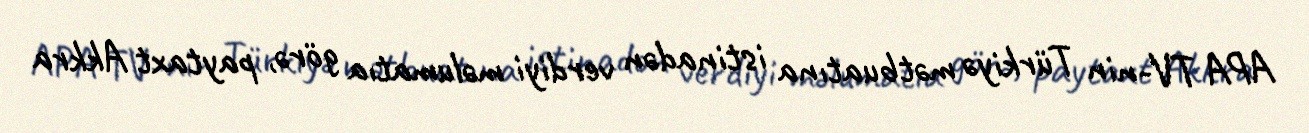
APA TV-nin Türkiyə mətbuatına istinadən verdiyi məlumatıa görə, paytaxt Akkra